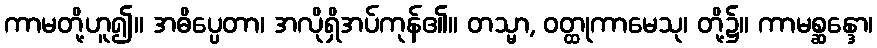
ကာမတို့ဟူ၍။ အဓိပ္ပေတာ၊ အလိုရှိအပ်ကုန်၏။ တသ္မာ, ဝတ္ထုကာမေသု၊ တို့၌။ ကာမစ္ဆန္ဒော၊